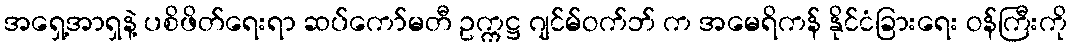
အရှေ့အာရှနဲ့ ပစိဖိတ်ရေးရာ ဆပ်ကော်မတီ ဥက္ကဋ္ဌ ဂျင်မ်ဝက်ဘ် က အမေရိကန် နိုင်ငံခြားရေး ဝန်ကြီးကို